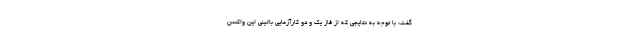
گفت: با توجه به نتایجی که از فاز یک و دو کارآزمایی بالینی این واکسن